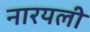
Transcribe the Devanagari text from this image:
नारयली